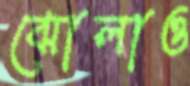
ঝোলাও